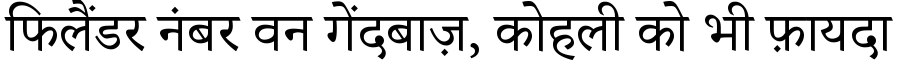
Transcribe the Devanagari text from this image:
फिलैंडर नंबर वन गेंदबाज़, कोहली को भी फ़ायदा